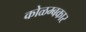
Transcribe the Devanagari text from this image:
कोळम्बकार